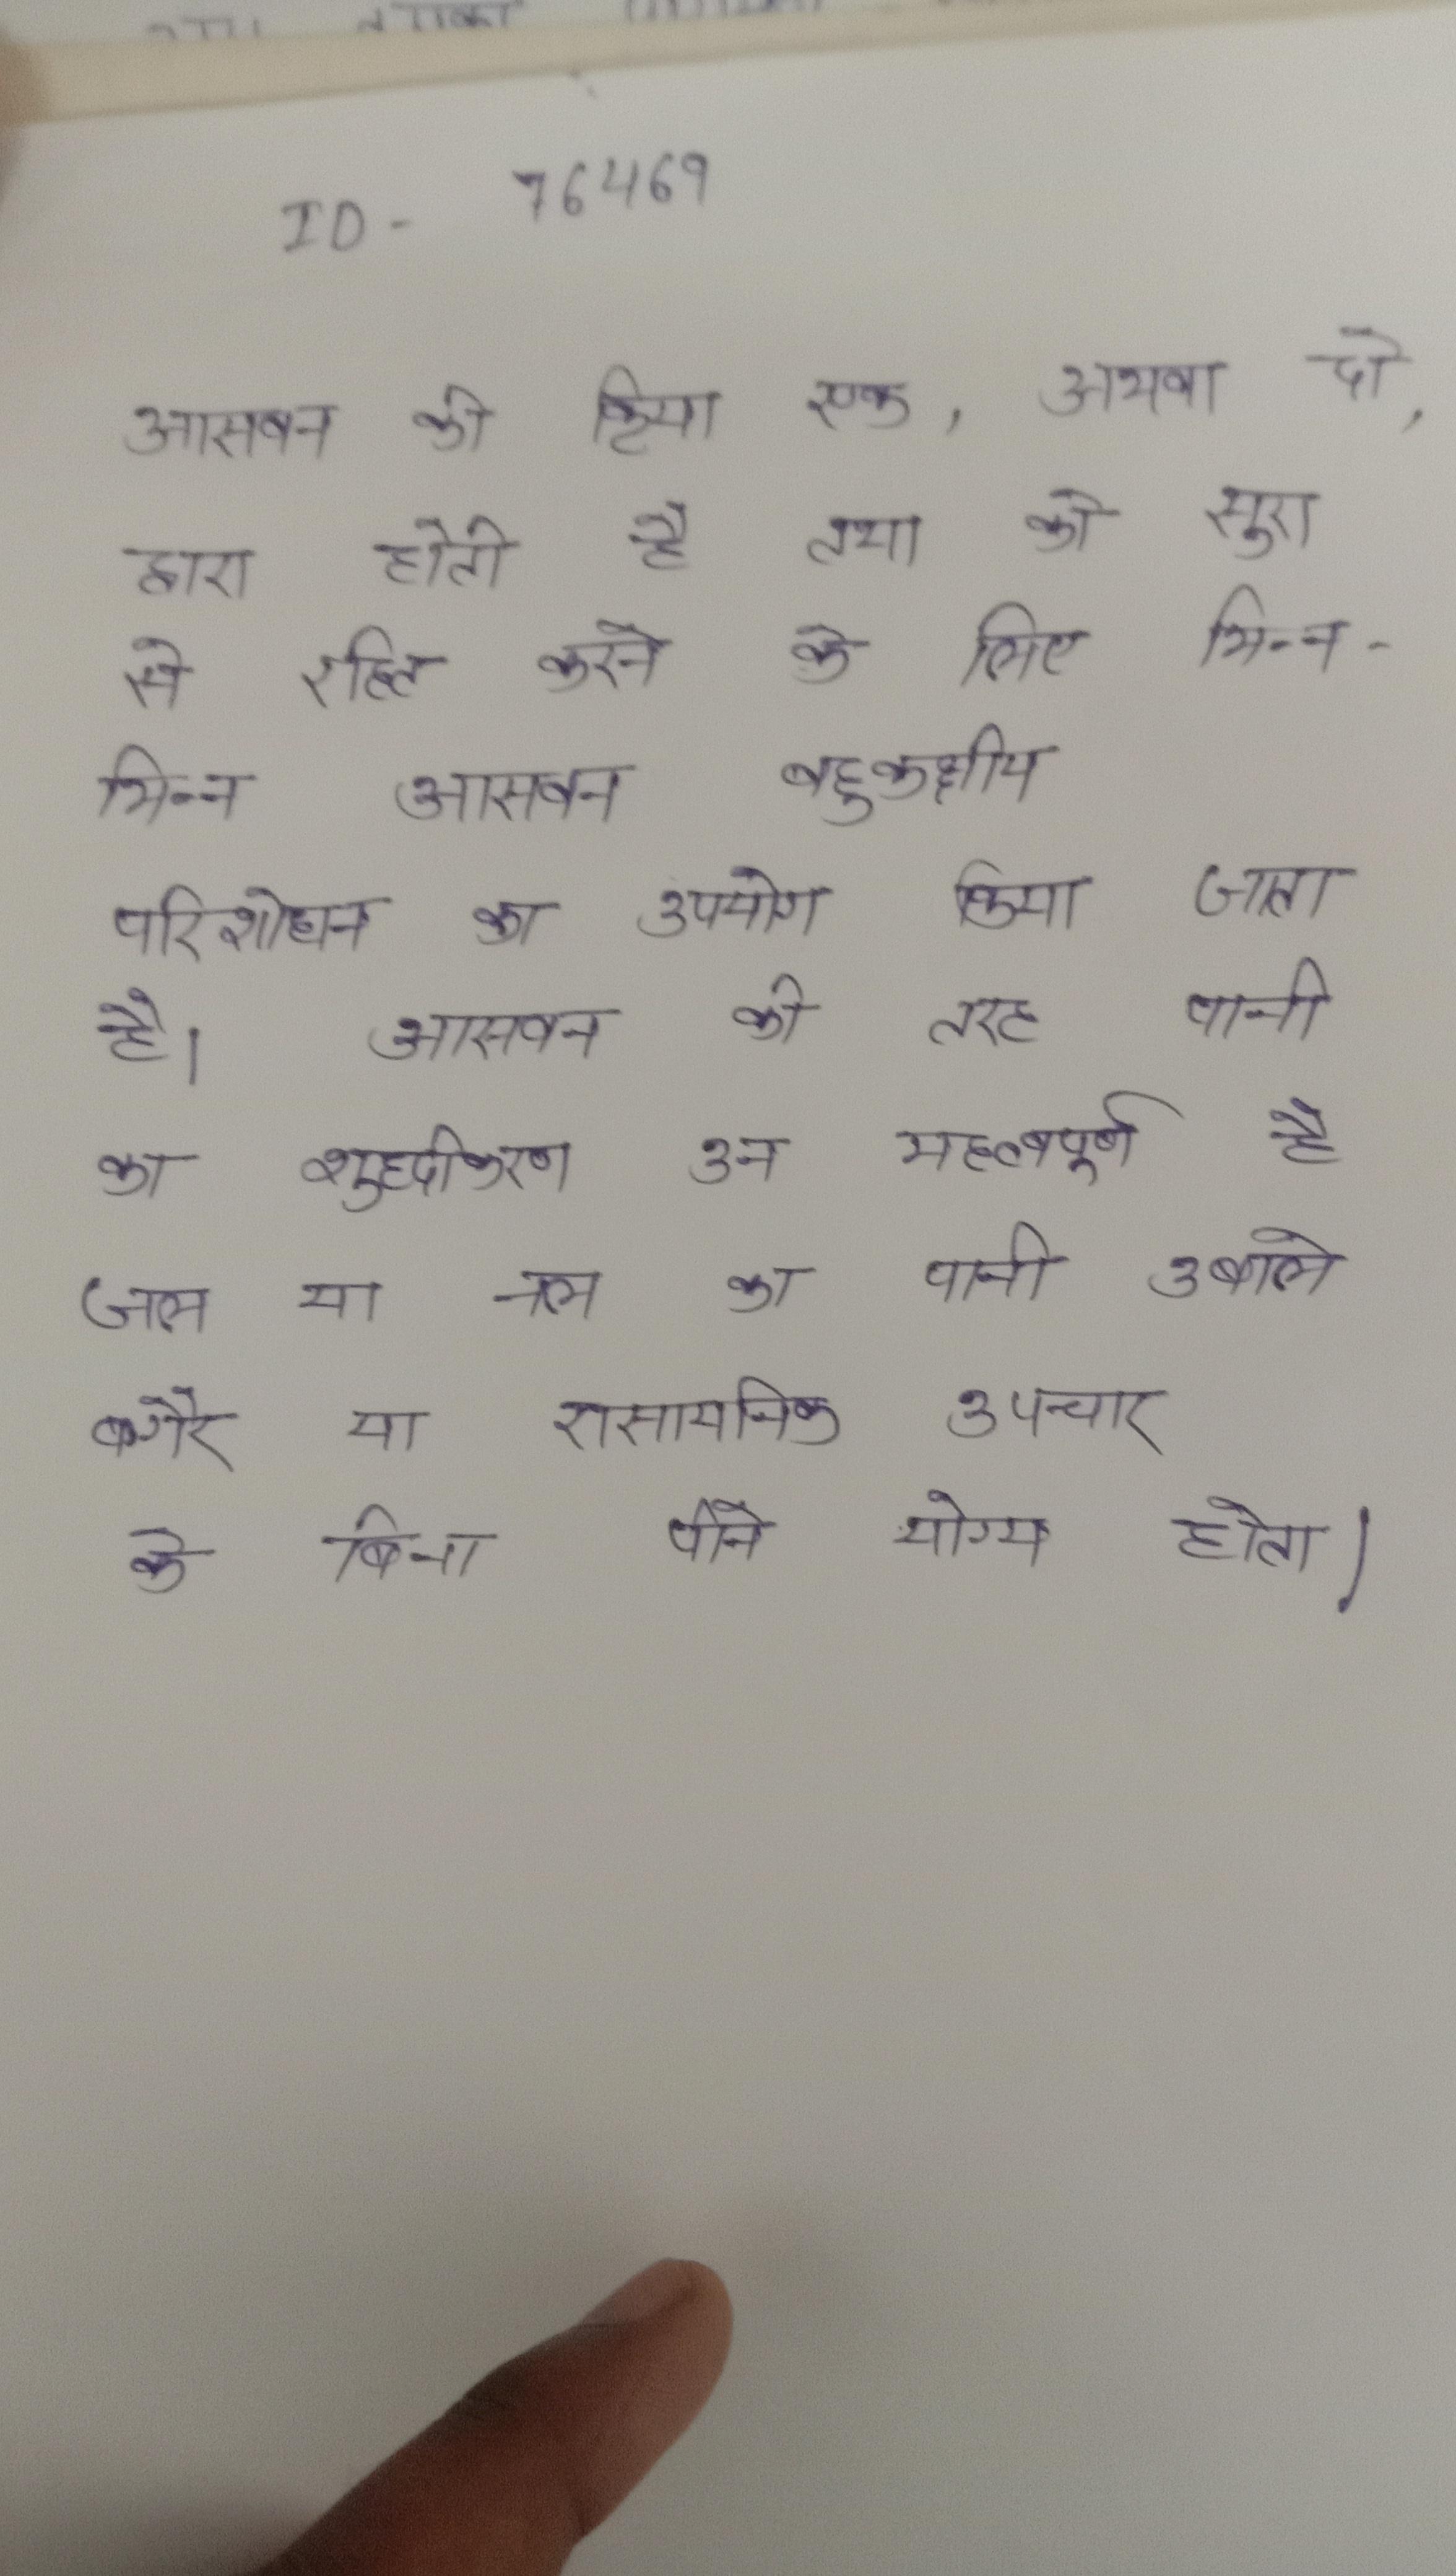
आसवन की क्रिया एक, अथवा दो, द्वारा होती है तथा को सुरा से रहित करने के लिये भिन्न भिन्न आसवन बहुकक्षीय परिशोधन का उपयोग किया जाता है । आसवन की तरह पानी का शुद्धिकरण उन महत्वपूर्ण है जल या नल का पानी उबाले बगैर या रासायनिक उपचार के बिना पीने योग्य होता ।